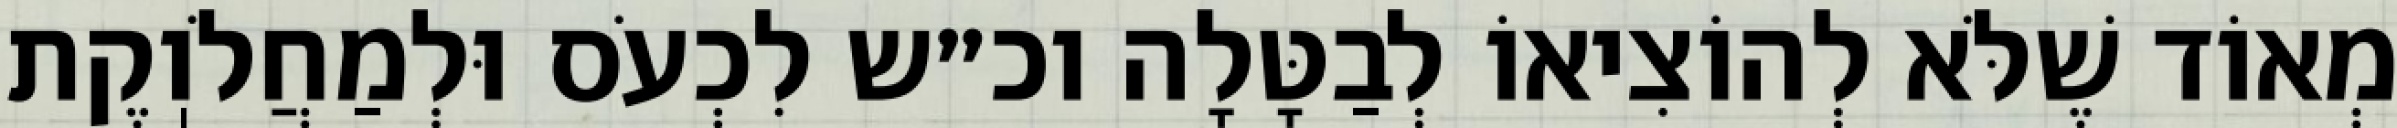
מְאוֹד שֶׁלֹּא לְהוֹצִיאוֹ לְבַטָּלָה וכ״ש לִכְעֹס וּלְמַחֲלֹוֽקֶת